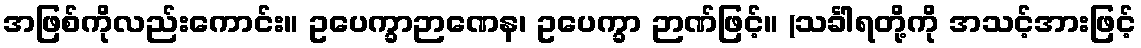
အဖြစ်ကိုလည်းကောင်း။ ဥပေက္ခာဉာဏေန၊ ဥပေက္ခာ ဉာဏ်ဖြင့်။ (သင်္ခါရတို့ကို အသင့်အားဖြင့်